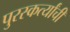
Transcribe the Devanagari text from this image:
पुरस्कर्त्यांची